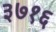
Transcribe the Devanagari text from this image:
३७१६